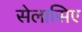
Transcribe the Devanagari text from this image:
सेलासिए